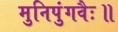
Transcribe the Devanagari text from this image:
मुनिपुंगवैः॥